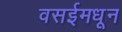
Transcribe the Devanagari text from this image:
वसईमधून